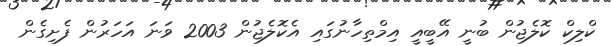
ކްލިކް ކޮލެޖުން ބުނީ އޭބީއީ އިމްތިހާނުގައި އެކޮލެޖުން 2003 ވަނަ އަހަރުން ފެށިގެން